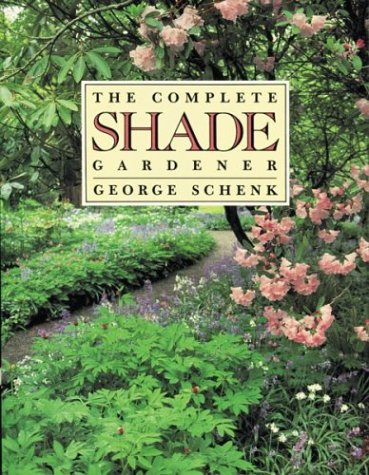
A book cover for The Complete Shade Gardener; George Schenk; Crafts, Hobbies & Home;